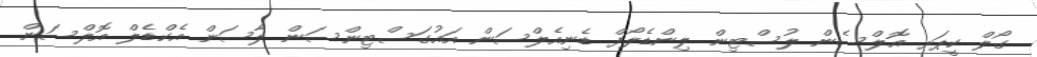
ގޯލް ކީޕަރ އޮލްސެން ލުސްޓިން ލިންޑެލޯފް ޑެނިއެލްސަން އައުގަސްޓިންސަން ލާސަން އެކްޑެލް އޮލްސަން